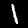
Label: 1